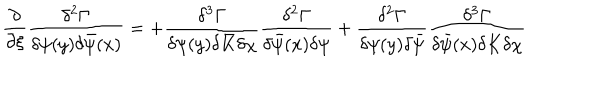
\frac { \partial } { \partial \xi } \frac { \delta ^ { 2 } \Gamma } { \delta \psi ( y ) \delta \bar { \psi } ( x ) } = + \frac { \delta ^ { 3 } \Gamma } { \delta \psi ( y ) \delta \bar { K } \delta \chi } \frac { \delta ^ { 2 } \Gamma } { \delta \bar { \psi } ( x ) \delta \psi } + \frac { \delta ^ { 2 } \Gamma } { \delta \psi ( y ) \delta \bar { \psi } } \frac { \delta ^ { 3 } \Gamma } { \delta \bar { \psi } ( x ) \delta K \delta \chi }